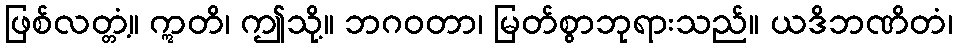
ဖြစ်လတ္တံ့။ ဣတိ၊ ဤသို့။ ဘဂဝတာ၊ မြတ်စွာဘုရားသည်။ ယဒိဘဏိတံ၊